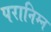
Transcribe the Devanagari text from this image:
परानिम्न